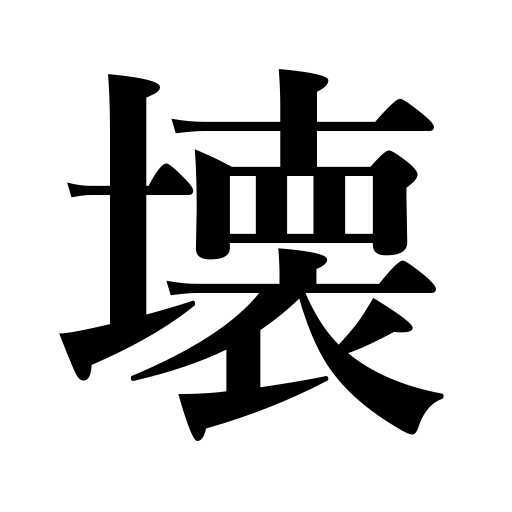
Meanings: mar,crack,be broken,tear up,smack,break,fall into ruin,be demolished,destroy